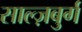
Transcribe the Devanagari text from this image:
साल्ज़बुर्ग